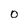
Character: O